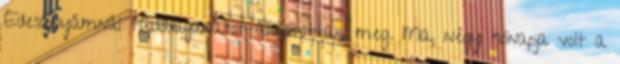
Édesanyámnál tüdődaganatot állapítottak meg. Ma, négy hónapja volt a